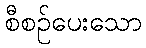
စီစဉ်ပေးသော